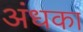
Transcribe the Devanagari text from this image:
अंधका